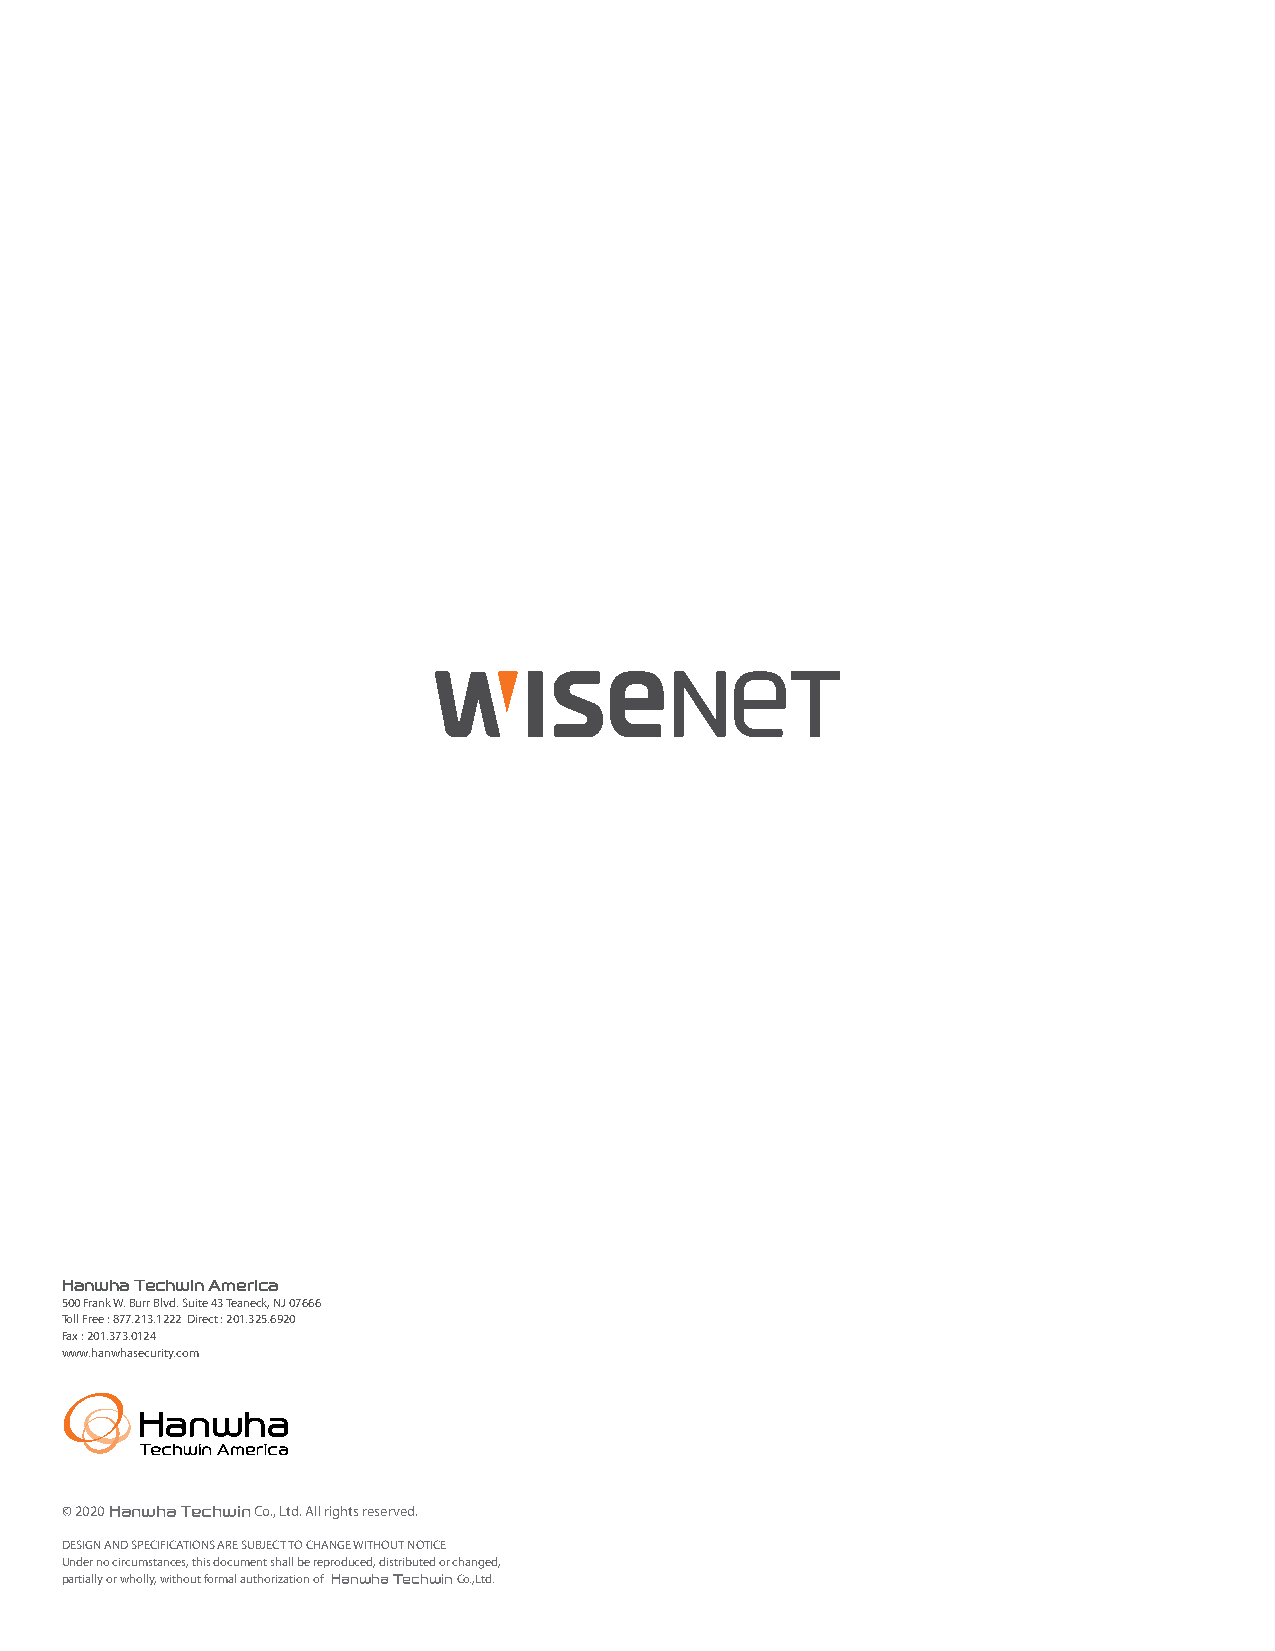
Hanwha Techwin America
 500 Frank W. Burr Blvd. Suite 43 Teaneck, NJ 07666
 Toll Free : 877.213.1222 Direct : 201.325.6920
 Fax : 201.373.0124
 www.hanwhasecurity.com
 Conventional                Actual footage from XNO-8080R
 © 2020 Hanwha Techwin Co., Ltd. All rights reserved.
 DESIGN AND SPECIFICATIONS ARE SUBJECT TO CHANGE WITHOUT NOTICE
 Under no circumstances, this document shall be reproduced, distributed or changed,
 partially or wholly, without formal authorization of Hanwha Techwin Co.,Ltd.